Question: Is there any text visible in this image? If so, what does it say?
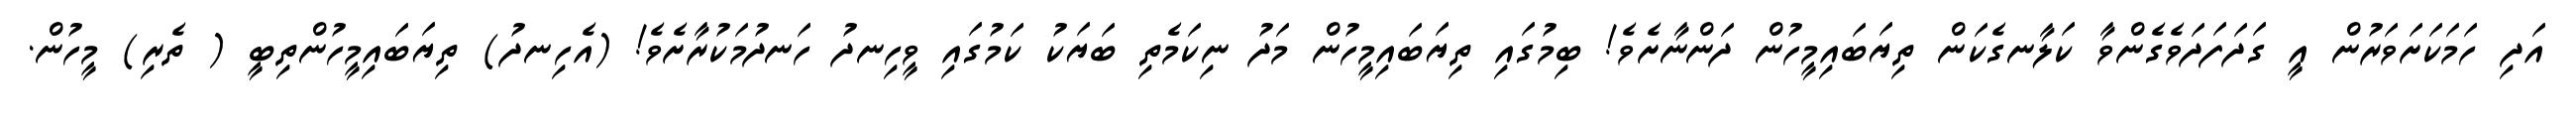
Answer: އަދި ހަމަކަށަވަރުން އީ ގަދަފަދަވެގެންވާ ކަލާނގެކަން ތިޔަބައިމީހުން ދަންނާށެވެ! ބިމުގައި ތިޔަބައިމީހުން މަދު ނިކަމެތި ބަޔަކު ކަމުގައި ވީހިނދު ހަނދުމަކުރާށެވެ! (އެހިނދު) ތިޔަބައިމީހުންތިބީ ( ތެރި) މީހުން.